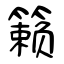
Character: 籁